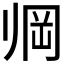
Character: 𱍱